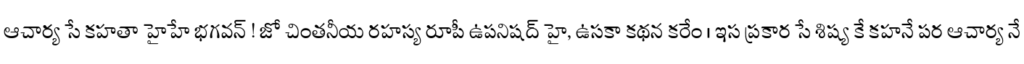
ఆచార్య సే కహతా హైహే భగవన్ ! జో చింతనీయ రహస్య రూపీ ఉపనిషద్ హై, ఉసకా కథన కరేం । ఇస ప్రకార సే శిష్య కే కహనే పర ఆచార్య నే